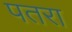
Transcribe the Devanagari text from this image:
पतरा